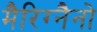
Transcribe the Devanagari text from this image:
मैरिग्नैनो